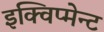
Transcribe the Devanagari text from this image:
इक्विप्मेन्ट